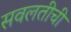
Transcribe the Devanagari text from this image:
सवलतीची